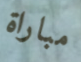
مباراة